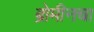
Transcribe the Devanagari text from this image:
ब्रोमीनचा